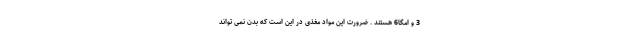
3 و امگا6 هستند . ضرورت این مواد مغذی در این است که بدن نمی تواند